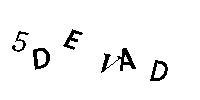
5DEVAD